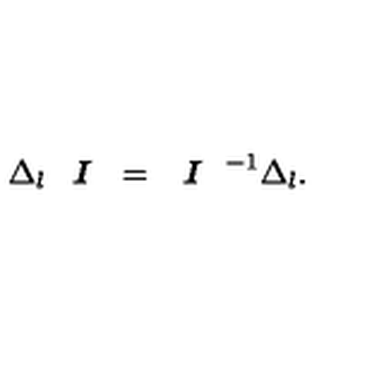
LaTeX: \Delta _ { l } \textit { \textbf { I } } = \textit { \textbf { I } } ^ { - 1 } \Delta _ { l } .